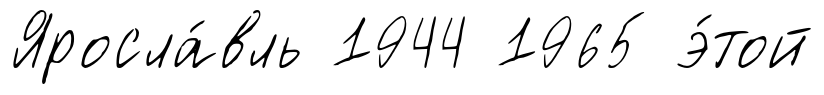
Яросла́вль 1944 1965 э́той